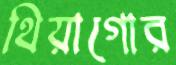
থিয়াগোর